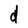
Character: d